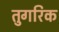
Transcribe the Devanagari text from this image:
तुगरिक